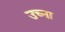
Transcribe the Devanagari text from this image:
उच्ना